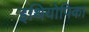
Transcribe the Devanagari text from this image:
इथियोपिका